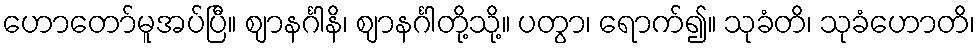
ဟောတော်မူအပ်ပြီ။ ဈာနင်္ဂါနိ၊ ဈာနင်္ဂါတို့သို့။ ပတွာ၊ ရောက်၍။ သုခံတိ၊ သုခံဟောတိ၊